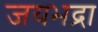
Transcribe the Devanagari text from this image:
जयभद्रा